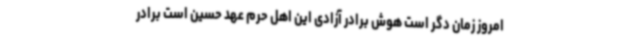
امروز زمان دگر است هوش برادر آزادی این اهل حرم عهد حسین است برادر